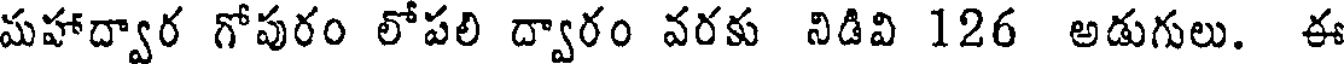
మహాద్వార గోపురం లోపలి ద్వారం వరకు నిడివి 126 అడుగులు. ఈ